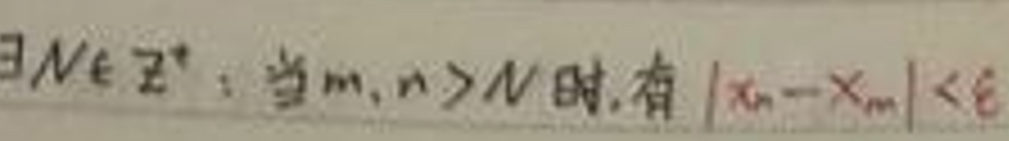
$\exists N\in\mathbb{Z}^+: \text{当}m,n > N\text{时,有}|x_n - x_m| < \varepsilon$